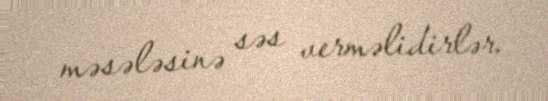
məsələsinə səs verməlidirlər.